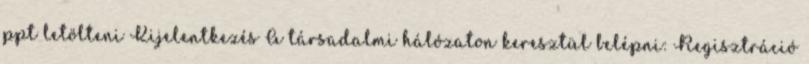
ppt letölteni Kijelentkezés A társadalmi hálózaton keresztül belépni: Regisztráció